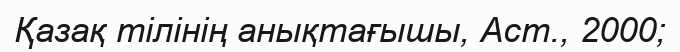
Қазақ тілінің анықтағышы, Аст., 2000;